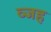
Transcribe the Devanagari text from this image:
व्जह